Tartu_pedagoogiumi_aruanded, lk 7
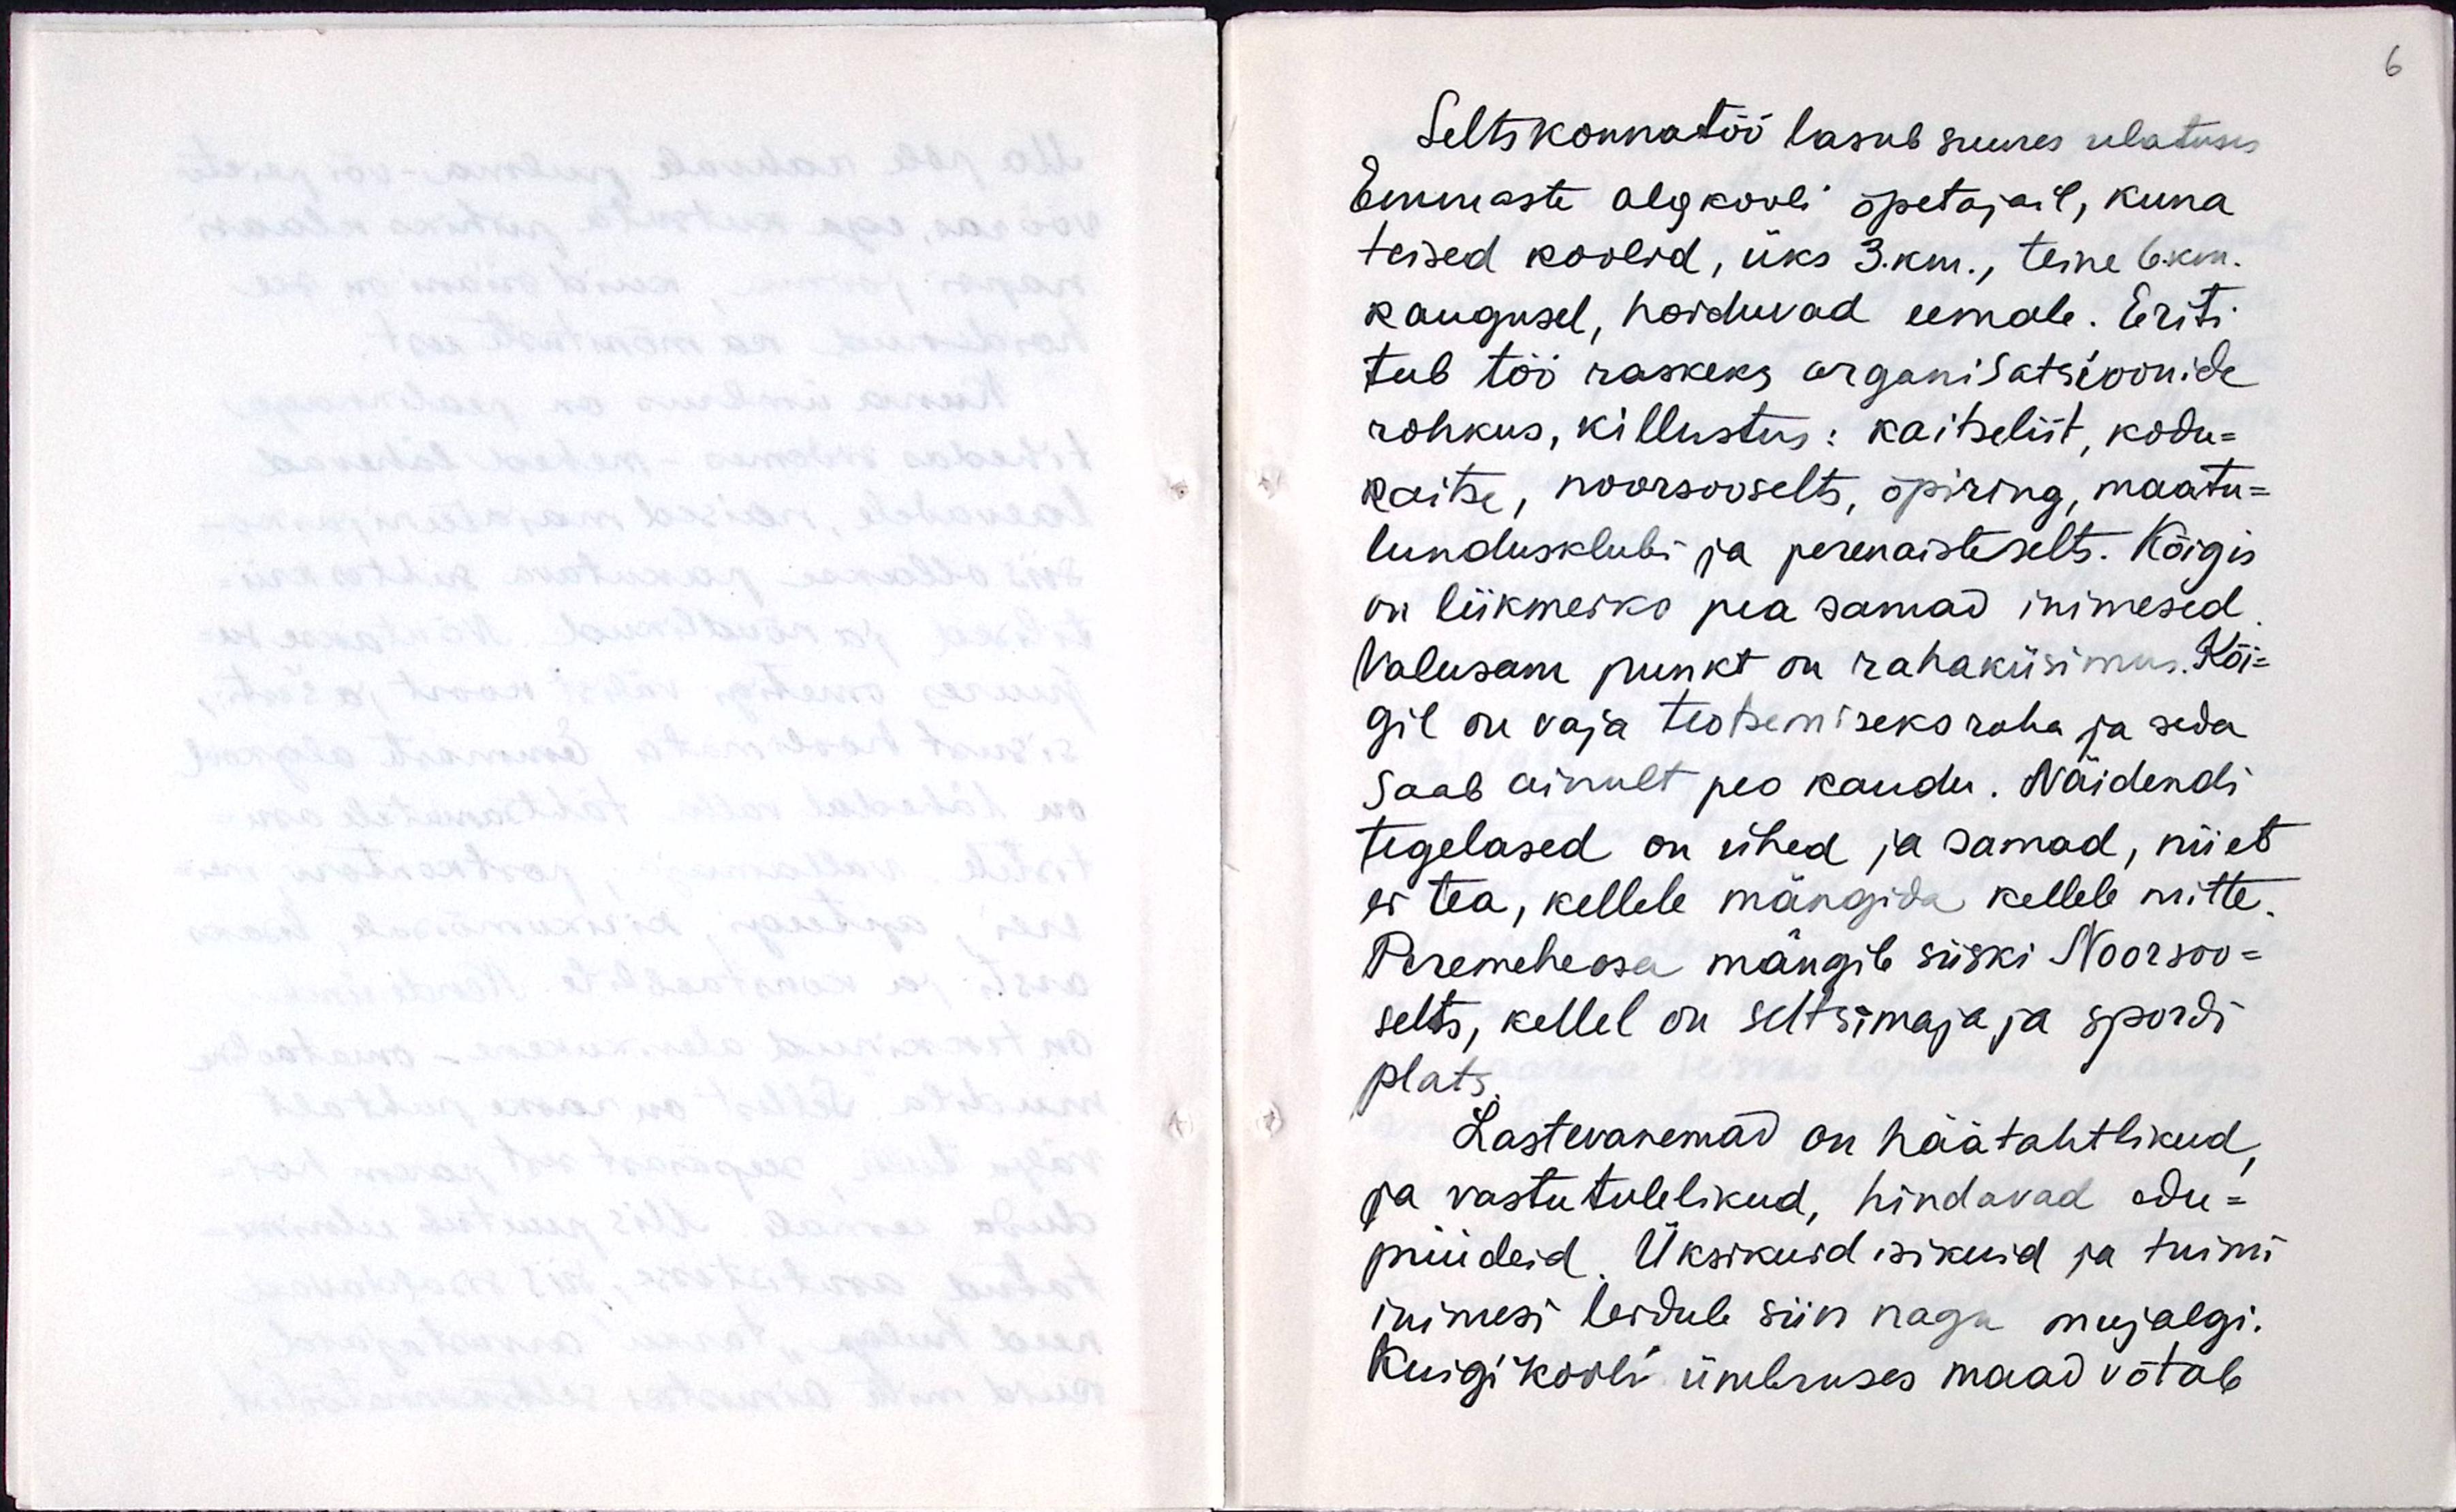
Seltskonnatöö lasub suures ulatuse
Emmaste algkooli õpetajal, kuna
teised koolid, üks 3 km, teine 6 km.
kaugusel, hoiduvad eemale. Eriti
teeb töö raskeks organisatsioonide
rohkus, killustus: kaitseliit, kodu-
kaitse, noorsooselts, õpiring, maatu-
lundusklubi ja perenaisteselt. Kõigis
on liikmeteks pea samad inimesed.
Valusam punkt on rahaküsimus. Kõi-
gil on vaja teotsemiseks raha ja seda
saab ainult peo kaudu. Näidendi
tegelased on ühed ja samad, nii et
ei tea, kellel mängida, kellele mitte.
Peremeheosa mängib siisku Noorsoo-
selts, kellel on seltsimaja ja spordi-
plats.
Lastevanemad on häätahtlikud,
ja vastutulelikud, hindavad edu-
püüdeid. Üksikuid isikuid ja tuimi
inimesi leidub siin nagu mujalgi.
Kuigi kooli ümbruses maad võtab